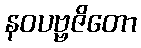
နဝပဗ္ဗဇိတော